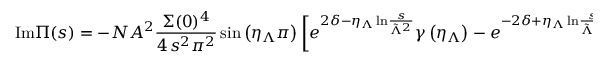
\mathrm { I m } \Pi ( s ) = - N A ^ { 2 } \frac { \Sigma ( 0 ) ^ { 4 } } { 4 \, s ^ { 2 } \pi ^ { 2 } } \sin \left( \eta _ { \Lambda } \pi \right) \left[ e ^ { 2 \delta - \eta _ { \Lambda } \, \mathrm { l n } \frac { s } { \tilde { \Lambda } ^ { 2 } } } \gamma \left( \eta _ { \Lambda } \right) - e ^ { - 2 \delta + \eta _ { \Lambda } \, \mathrm { l n } \frac { s } { \tilde { \Lambda } ^ { 2 } } } \gamma \left( - \eta _ { \Lambda } \right) \right] \ ,